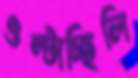
ওল্‌টাচ্ছিলি